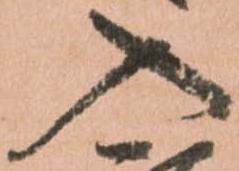
入